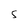
Character: S